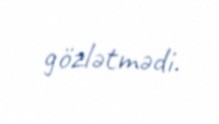
gözlətmədi.